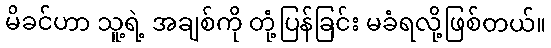
မိခင်ဟာ သူ့ရဲ့ အချစ်ကို တုံ့ပြန်ခြင်း မခံရလို့ဖြစ်တယ်။